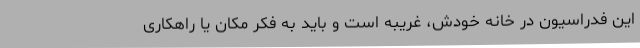
این فدراسیون در خانه خودش، غریبه است و باید به فکر مکان یا راهکاری